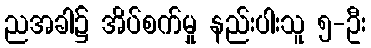
ညအခါ၌ အိပ်စက်မှု နည်းပါးသူ ၅-ဦး